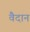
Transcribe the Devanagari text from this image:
वैदान